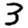
Digit: 3